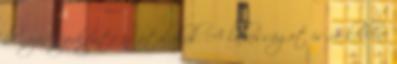
bűnözés szerkezete is átalakul. A lakosságot is rá kellene